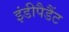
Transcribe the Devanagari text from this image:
इंडीपैडैंट